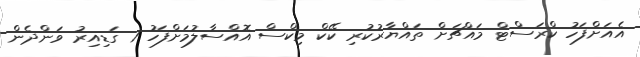
އެއަށްފަހު ކްރަސްޓް މައްޗަށް ތައްޔާރުކުރި ކޭކް މިކްސް އޮއްސާލުމަށްފަހު 1 ގަޑިއިރު ވަންދެން